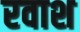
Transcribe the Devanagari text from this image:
रवाश